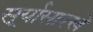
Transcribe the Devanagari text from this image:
सूर्यासारखे